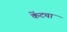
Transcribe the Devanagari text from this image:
केंटचा